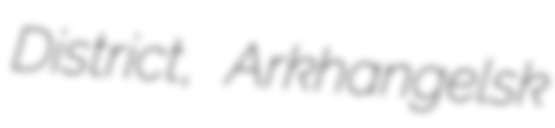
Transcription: District, Arkhangelsk